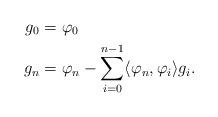
LaTeX: \begin{align*}g_0&=\varphi_0\\g_n&=\varphi_n-\sum_{i=0}^{n-1}\langle \varphi_n,\varphi_i\rangle g_i.\end{align*}